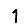
Digit: 1